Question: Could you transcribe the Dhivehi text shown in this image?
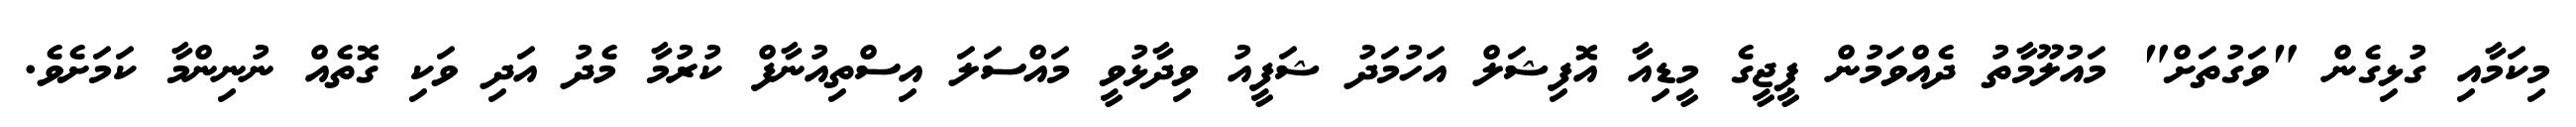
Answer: މިކަމާއި ގުޅިގެން "ވަގުތަށް" މައުލޫމާތު ދެއްވަމުން ޕީޖީގެ މީޑިއާ އޮފިޝަލް އަހުމަދު ޝަފީއު ވިދާޅުވީ މައްސަލަ އިސްތިއުނާފް ކުރުމާ މެދު އަދި ވަކި ގޮތެއް ނުނިންމާ ކަމަށެވެ.